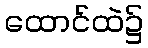
ထောင်ထဲ၌